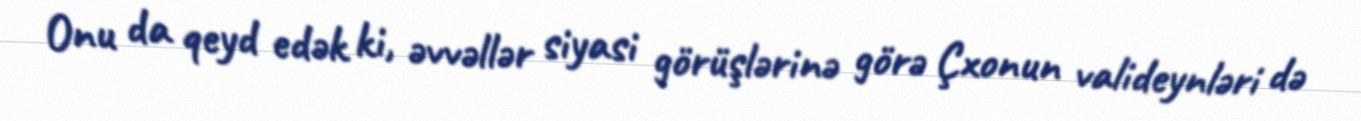
Onu da qeyd edək ki, əvvəllər siyasi görüşlərinə görə Çxonun valideynləri də